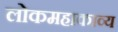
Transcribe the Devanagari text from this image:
लोकमहाकाव्य